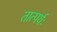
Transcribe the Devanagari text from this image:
तात्पर्यः